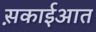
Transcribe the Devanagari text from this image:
स़काईआत